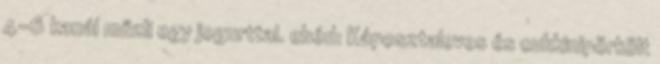
4-6 kanál műzli egy jogurttal. ebéd: Káposztaleves és cukkinipörkölt